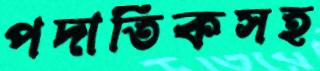
পদাতিকসহ